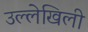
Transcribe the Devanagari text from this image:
उल्लेखिली